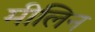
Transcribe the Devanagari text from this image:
मीलिन